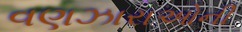
વણઝારાઓની